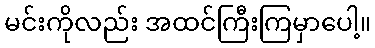
မင်းကိုလည်း အထင်ကြီးကြမှာပေါ့။